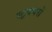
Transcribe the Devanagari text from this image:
स्ट्रक्चरों